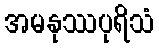
အမနုဿပုရိသံ